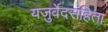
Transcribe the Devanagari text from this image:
यजुर्वेदसंहिता